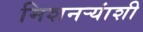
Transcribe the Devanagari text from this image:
मिशनऱ्यांशी